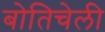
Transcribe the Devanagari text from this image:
बोतिचेली